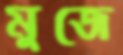
মুজে